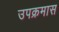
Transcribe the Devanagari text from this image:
उपक्रमास